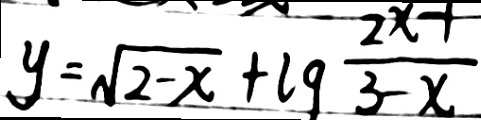
y = \sqrt { 2 - x } + l 9 \frac { 2 x - 1 } { 3 - x }